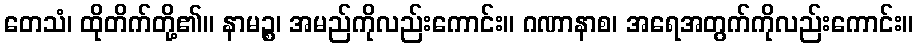
တေသံ၊ ထိုတိက်တို့၏။ နာမဉ္စ၊ အမည်ကိုလည်းကောင်း။ ဂဏာနာစ၊ အရေအတွက်ကိုလည်းကောင်း။